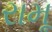
રામૂ